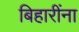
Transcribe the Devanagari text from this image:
बिहारींना